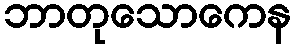
ဘာတုသောကေန